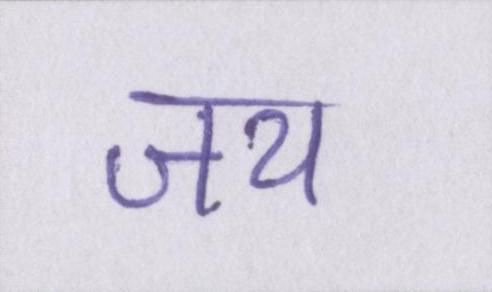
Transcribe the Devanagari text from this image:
जय